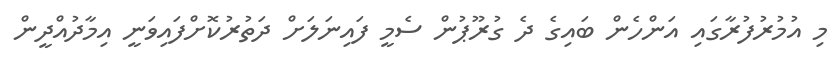
މި އުމުރުފުރާގައި އަންހެން ބައިގެ ދެ ގުރޫޕުން ސެމީ ފައިނަލަށް ދަތުރުކޮށްފައިވަނީ އިމާދުއްދީން